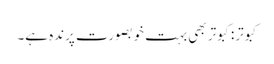
کبوتر:کبوتر بھی بہت خوبصورت پرندہ ہے۔